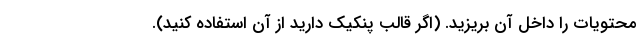
محتویات را داخل آن بریزید. (اگر قالب پنکیک دارید از آن استفاده کنید).